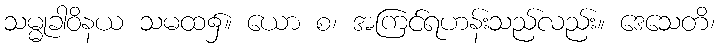
သမ္မုခါဝိနယ သမထ၌။ ယော စ၊ အကြင်ရဟန်းသည်လည်း။ ဒေသေတိ၊